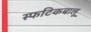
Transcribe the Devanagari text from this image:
स्फटिकबालू